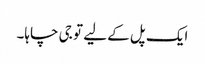
ایک پل کے لیے تو جی چاہا۔